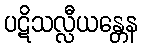
ပဋိသလ္လီယန္တေန